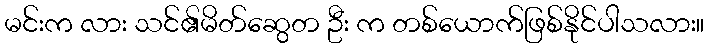
မင်းက လား သင်၏မိတ်ဆွေတ ဦး က တစ်ယောက်ဖြစ်နိုင်ပါသလား။